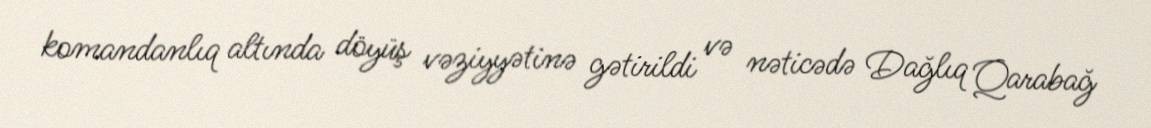
komandanlıq altında döyüş vəziyyətinə gətirildi və nəticədə Dağlıq Qarabağ